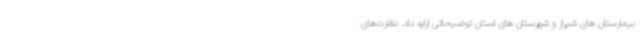
بیمارستان های شیراز و شهرستان های استان توضیحاتی ارایه داد. نظارت‌های